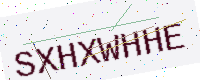
Text: SXHXWHHE